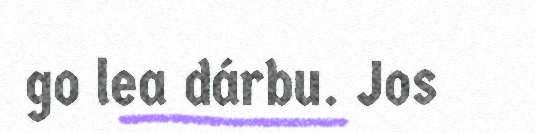
go lea dárbu. Jos